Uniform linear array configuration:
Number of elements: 32
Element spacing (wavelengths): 1
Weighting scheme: cosine
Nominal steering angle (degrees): -15
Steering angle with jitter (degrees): -15.966
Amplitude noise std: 0.05
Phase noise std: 0.05

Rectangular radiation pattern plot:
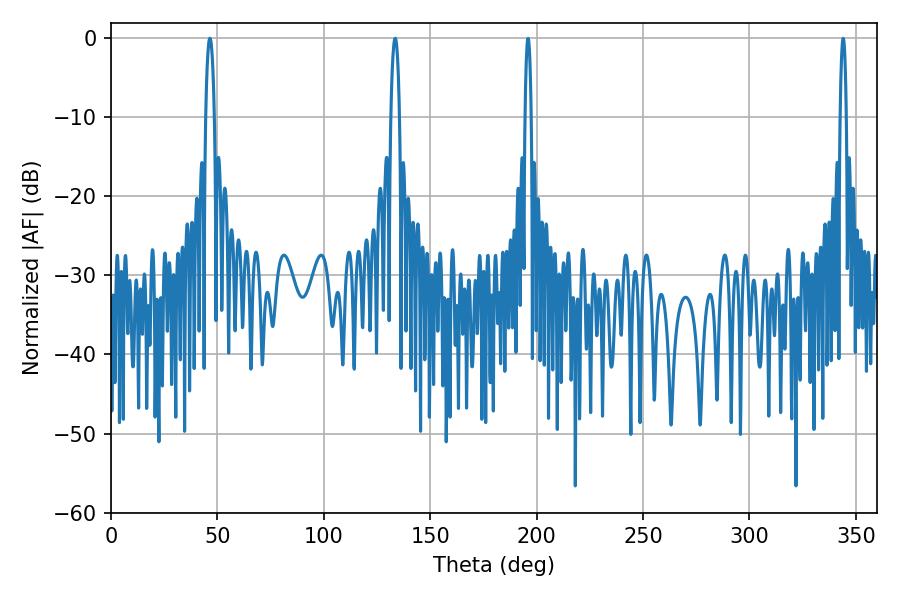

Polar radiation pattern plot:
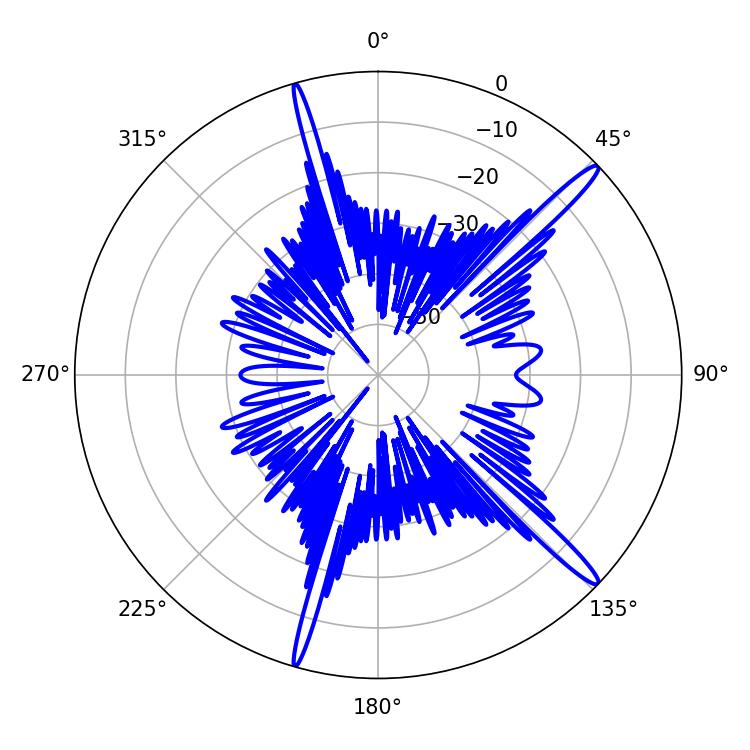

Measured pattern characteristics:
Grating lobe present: TRUE
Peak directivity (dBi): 16.174
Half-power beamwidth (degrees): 2.16
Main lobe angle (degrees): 46.44